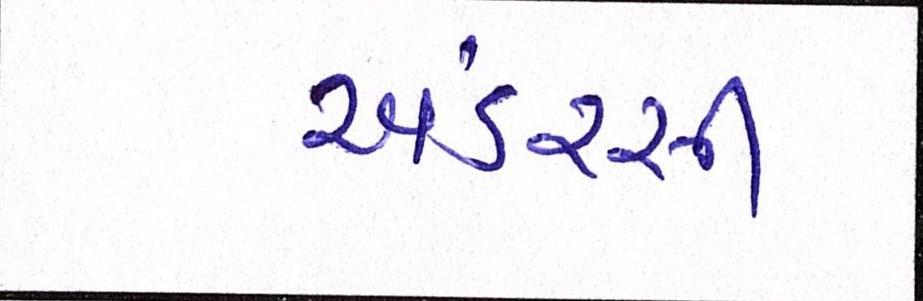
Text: અંડરસી